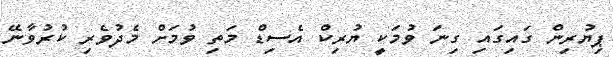
ޕިޔުރިން ގައިގައި ގިނަ ވުމަކީ ޔުރިކް އެސިޑް މަތި ވުމަށް މެދުވެރި ކުރުވާނޭ